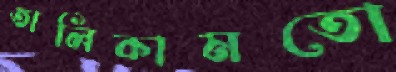
তালিকামতো